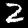
Label: 2